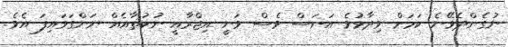
ނުގެންދެވޭނެ ކަމަށް ވިދާޅުވެ އަނަސް ވެސް ވަނީ އިޖްރާއީ ނުކުތާއެއް ނަންގަވައިފަ އެވެ.